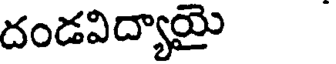
దండవిద్యాయై